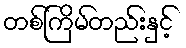
တစ်ကြိမ်တည်းနှင့်